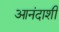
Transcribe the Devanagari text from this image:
आनंदाशी